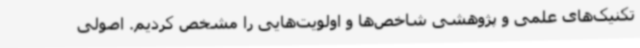
تکنیک‌های علمی و پژوهشی شاخص‌ها و اولویت‌هایی را مشخص کردیم. اصولی